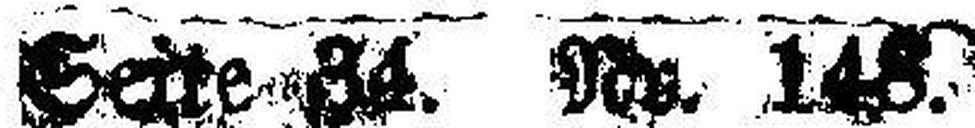
Seite 34. Nr. 148.